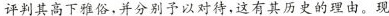
评判其高下雅俗，并分别子以对待，这有其历史的理由。现